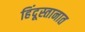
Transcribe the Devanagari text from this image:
हिंदूस्तानात